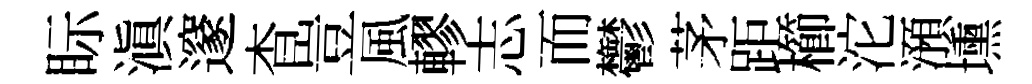
眎滇邃杳豈風轇志而鬱茅距櫛沱澦壎